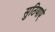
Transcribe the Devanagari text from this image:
सुठियाएं